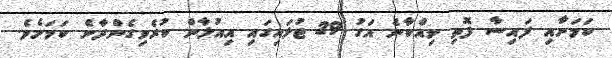
ކަމަށާއި ފައިސާ ފޮތި ވިއްކާނެ އަގު 29 ޖުލައިގައި އިއުލާން ކުރެވިގެންދާނެ ކަމަށެވެ.